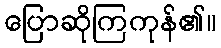
ပြောဆိုကြကုန်၏။